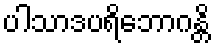
ပါသာဒပရိဘောဂန္တိ